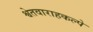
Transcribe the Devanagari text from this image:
श्वेतवाराहकल्पे